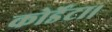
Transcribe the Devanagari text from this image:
कोर्डेटा।